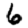
Digit: 6